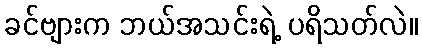
ခင်ဗျားက ဘယ်အသင်းရဲ့ ပရိသတ်လဲ။